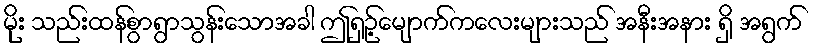
မိုး သည်းထန်စွာရွာသွန်းသောအခါ ဤရှဉ့်မျောက်ကလေးများသည် အနီးအနား ရှိ အရွက်